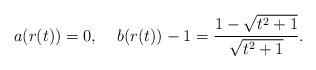
LaTeX: \begin{align*} a(r(t))=0,\;\;\;\;b(r(t))-1=\frac{1-\sqrt{t^{2}+1}}{\sqrt{t^{2}+1}}.\end{align*}